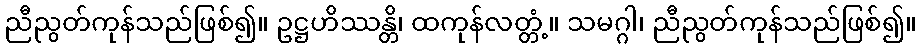
ညီညွတ်ကုန်သည်ဖြစ်၍။ ဥဋ္ဌဟိဿန္တိ၊ ထကုန်လတ္တံ့။ သမဂ္ဂါ၊ ညီညွတ်ကုန်သည်ဖြစ်၍။